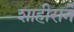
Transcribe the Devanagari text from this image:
शाहीराने